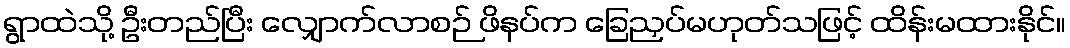
ရွာထဲသို့ ဦးတည်ပြီး လျှောက်လာစဉ် ဖိနပ်က ခြေညှပ်မဟုတ်သဖြင့် ထိန်းမထားနိုင်။